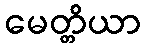
မေတ္တိယာ